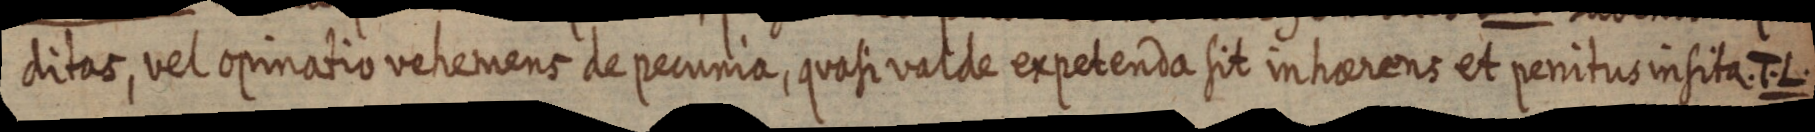
ditas, vel opinatio vehemens de pecunia, quasi valde expetenda sit in haerens et penitus insita. T. L.